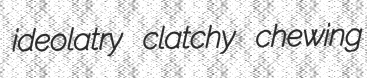
ideolatry clatchy chewing